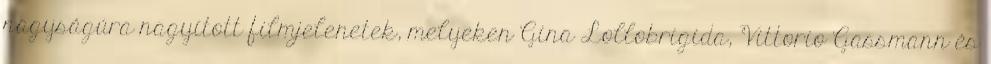
nagyságúra nagyított filmjelenetek, melyeken Gina Lollobrigida, Vittorio Gassmann és